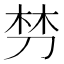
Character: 𭃩